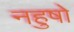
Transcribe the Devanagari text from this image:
नहुषो